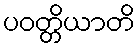
ပဝတ္တိယာတိ